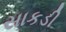
સાકડી